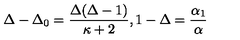
\Delta - \Delta _ { 0 } = \frac { \Delta ( \Delta - 1 ) } { \kappa + 2 } , 1 - \Delta = { \frac { \alpha _ { 1 } } { \alpha } }